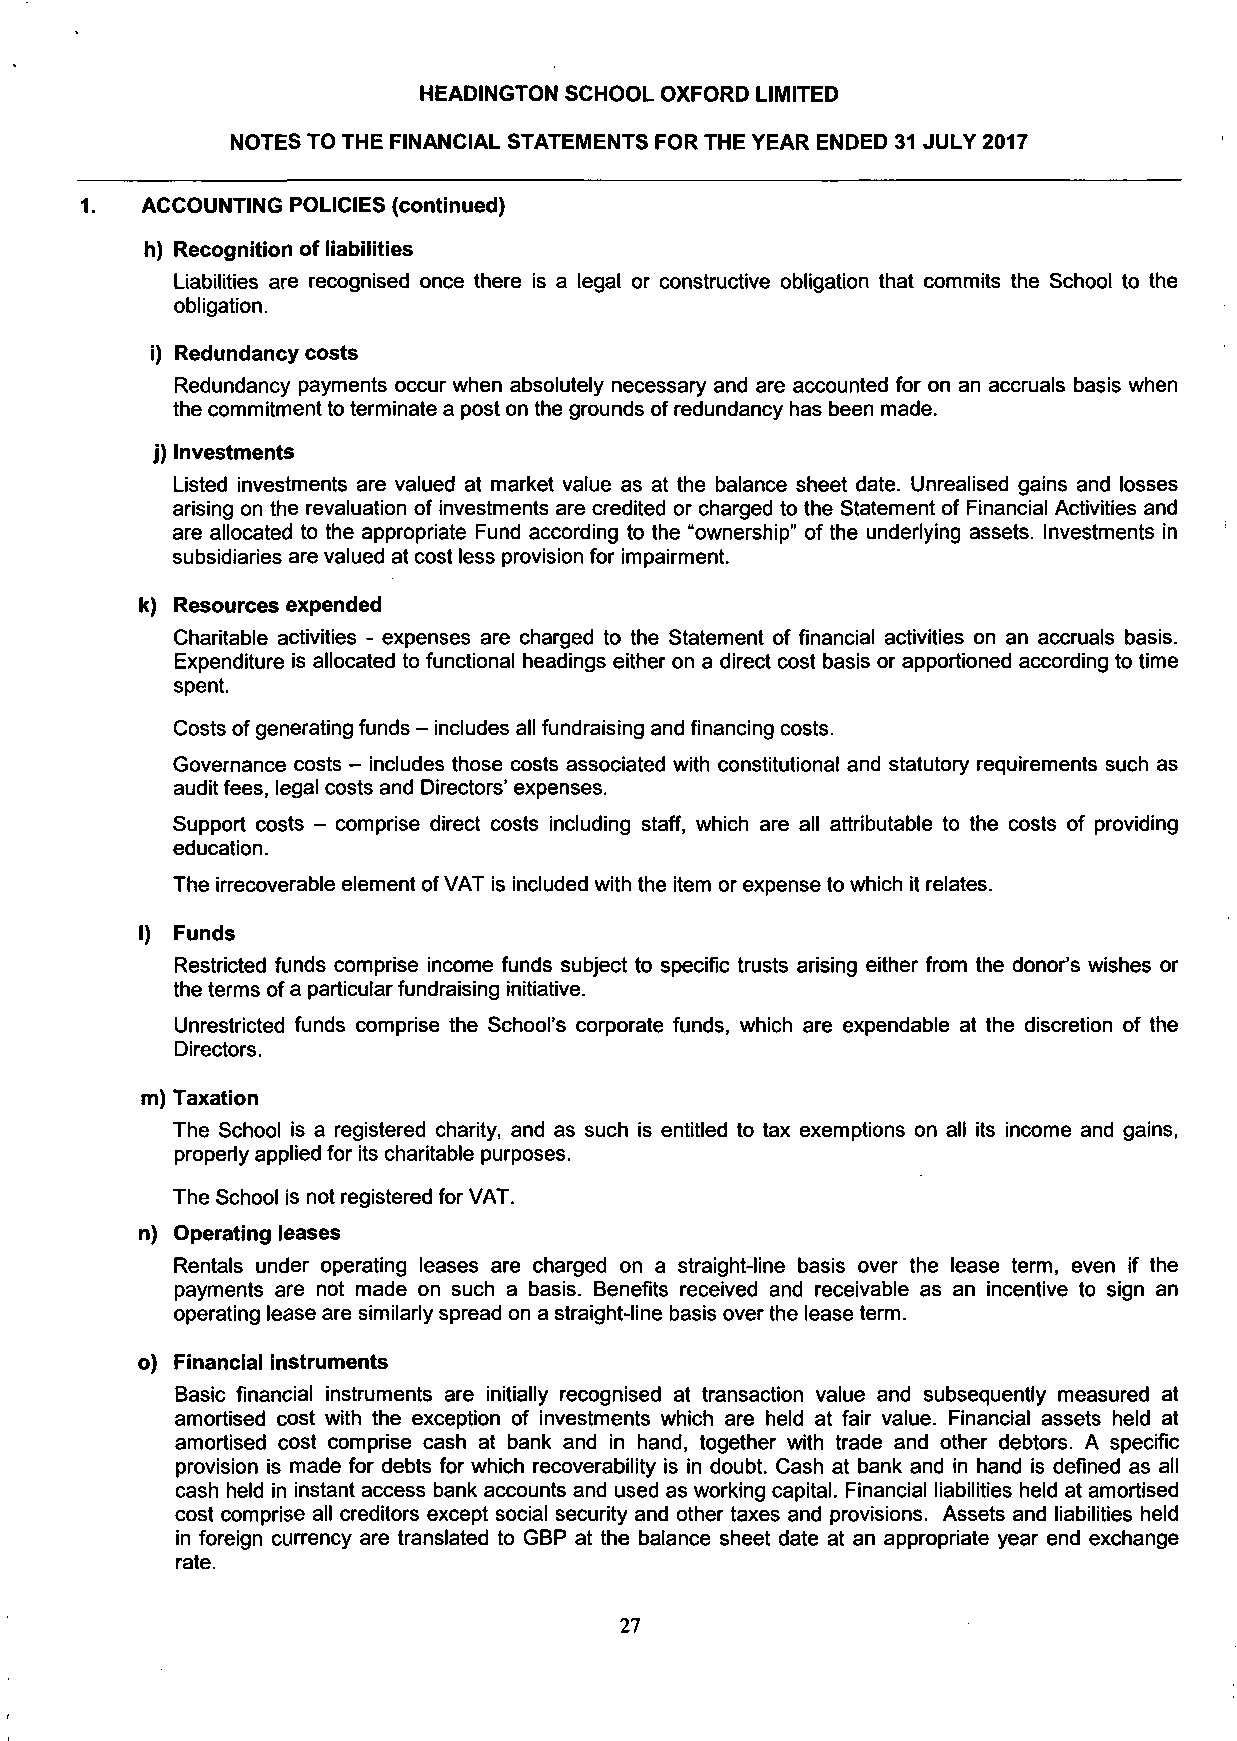
HEADINGTON SCHOOL OXFORD LIMITED
 NOTES TO THE FINANCIAL STATEMENTS FOR THE YEAR ENDED 31 JULY 2017
 1.  ACCOUNTING POLICIES (continued)
 h) Recognition of liabilities
 Liabilities are recognised once there is a legal or constructive obligation that commits the School to the
 obligation.
 i) Redundancy costs
 Redundancy payments occur when absolutely necessary and are accounted for on an accruals basis when
 the commitment to terminate a post on the grounds of redundancy has been made.
 j) Investments
 Listed investments are valued at market value as at the balance sheet date. Unrealised gains and losses
 arising on the revaluation of investments are credited or charged to the Statement of Financial Activities and
 are allocated to the appropriate Fund according to the "ownership" of the underlying assets. Investments in
 subsidiaries are valued at cost less provision for impairment.
 k) Resources expended
 Charitable activities - expenses are charged to the Statement of financial activities on an accruals basis.
 Expenditure is allocated to functional headings either on a direct cost basis or apportioned according to time
 spent.
 Costs of generating funds - includes all fundraising and financing costs.
 Governance costs - includes those costs associated with constitutional and statutory requirements such as
 audit fees, legal costs and Directors' expenses.
 Support costs - comprise direct costs including staff, which are all attributable to the costs of providing
 education.
 The irrecoverable element of VAT is included with the item or expense to which it relates.
 I) Funds
 Restricted funds comprise income funds subject to specific trusts arising either from the donor's wishes or
 the terms of a particular fundraising initiative.
 Unrestricted funds comprise the School's corporate funds, which are expendable at the discretion of the
 Directors.
 m) Taxation
 The School is a registered charity, and as such is entitled to tax exemptions on all its income and gains,
 properly applied for its charitable purposes.
 The School is not registered for VAT.
 n) Operating leases
 Rentals under operating leases are charged on a straight-line basis over the lease term, even if the
 payments are not made on such a basis. Benefits received and receivable as an incentive to sign an
 operating lease are similarly spread on a straight-line basis over the lease term.
 o) Financial instruments
 Basic financial instruments are initially recognised at transaction value and subsequently measured at
 amortised cost with the exception of investments which are held at fair value. Financial assets held at
 amortised cost comprise cash at bank and in hand, together with trade and other debtors. A specific
 provision is made for debts for which recoverability is in doubt. Cash at bank and in hand is defined as all
 cash held in instant access bank accounts and used as working capital. Financial liabilities held at amortised
 cost comprise all creditors except social security and other taxes and provisions. Assets and liabilities held
 in foreign currency are translated to GBP at the balance sheet date at an appropriate year end exchange
 rate.
 27